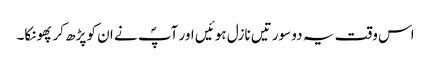
اس وقت یہ دو سورتیں نازل ہوئیں اور آپؐ نے ان کو پڑھ کر پھونکا۔